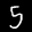
Label: 5